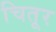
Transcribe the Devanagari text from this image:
चितूर